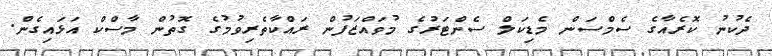
ދެކުނު ކޮރެއާގެ ސެމްސަން މެޑިކަލް ސެންޓަރުގެ މުވައްޒަފުން ރައްކާތެރިވުމުގެ ގޮތުން މާސްކް އަޅައިގެން.